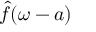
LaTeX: { \hat { f } } ( \omega - a )